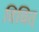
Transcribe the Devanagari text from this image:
विचित्